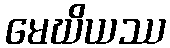
မေဃိယဿ